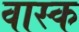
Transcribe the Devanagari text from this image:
वास्क